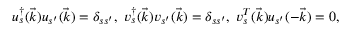
u _ { s } ^ { \dag } ( \vec { k } ) u _ { s ^ { \prime } } ( \vec { k } ) = \delta _ { s s ^ { \prime } } , \; v _ { s } ^ { \dag } ( \vec { k } ) v _ { s ^ { \prime } } ( \vec { k } ) = \delta _ { s s ^ { \prime } } , \; v _ { s } ^ { T } ( \vec { k } ) u _ { s ^ { \prime } } ( - \vec { k } ) = 0 ,